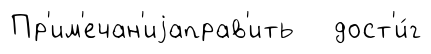
Пр'им'ечан'иjаправ'ить дост'и́г